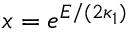
x = e ^ { E / ( 2 \kappa _ { 1 } ) }